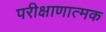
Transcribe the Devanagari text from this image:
परीक्षाणात्मक